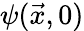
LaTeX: \psi(\vec{x},0)